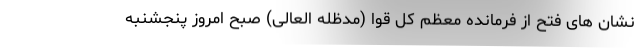
نشان های فتح از فرمانده معظم کل قوا (مدظله العالی) صبح امروز پنجشنبه